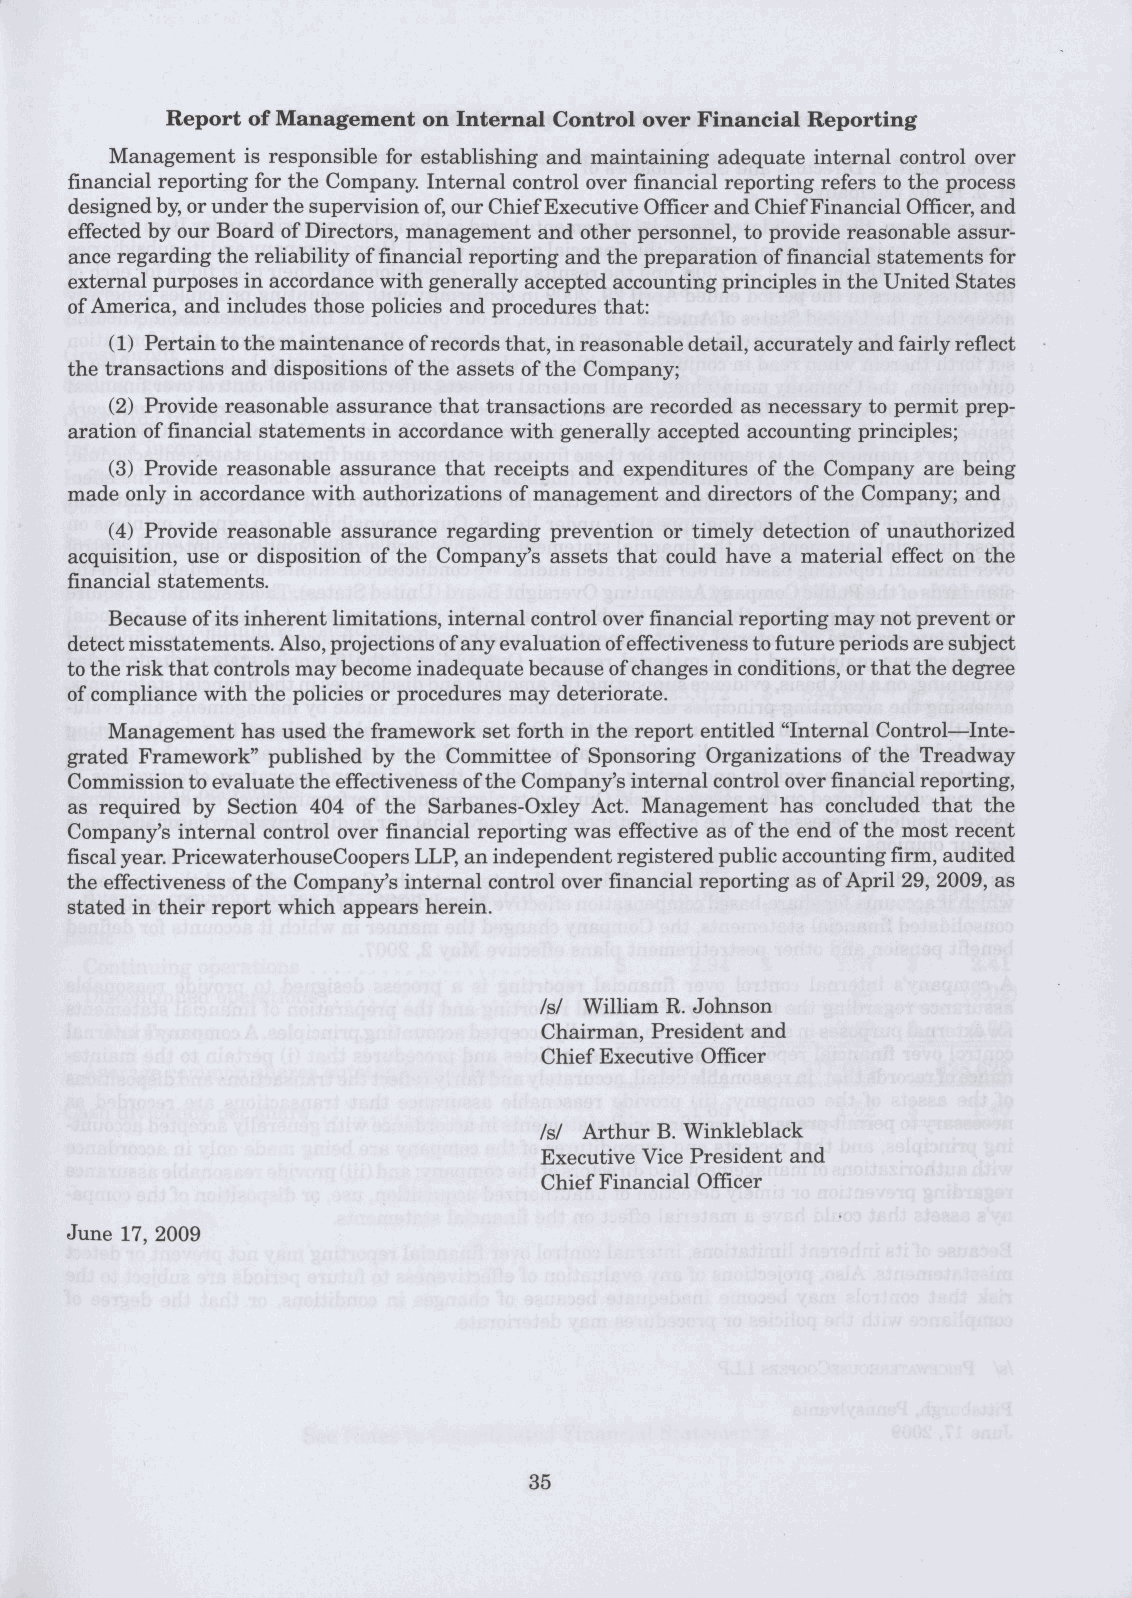
Management is responsible for establishing and maintaining adequate internal control over
 financial reporting for the Company. Internal control over financial reporting refers to the process
 designed by, or under the supervision of, our Chief Executive Officer and Chief Financial Officer, and
 effected by our Board of Directors, management and other personnel, to provide reasonable assur-
 ance regarding the reliability of financial reporting and the preparation of financial statements for
 external purposes in accordance with generally accepted accounting principles in the United States
 of America, and includes those policies and procedures that:
 (1) Pertain to the maintenance of records that, in reasonable detail, accurately and fairly reflect
 the transactions and dispositions of the assets of the Company;
 (2) Provide reasonable assurance that transactions are recorded as necessary to permit prep-
 aration of financial statements in accordance with generally accepted accounting principles;
 (3) Provide reasonable assurance that receipts and expenditures of the Company are being
 made only in accordance with authorizations of management and directors of the Company; and
 (4) Provide reasonable assurance regarding prevention or timely detection of unauthorized
 acquisition, use or disposition of the Company's assets that could have a material effect on the
 financial statements.
 Because of its inherent limitations, internal control over financial reporting may not prevent or
 detect misstatements. Also, projections of any evaluation of effectiveness to future periods are subject
 to the risk that controls may become inadequate because of changes in conditions, or that the degree
 of compliance with the policies or procedures may deteriorate.
 Management has used the framework set forth in the report entitled "Internal Control—Inte-
 grated Framework" published by the Committee of Sponsoring Organizations of the Treadway
 Commission to evaluate the effectiveness of the Company's internal control over financial reporting,
 as required by Section 404 of the Sarbanes-Oxley Act. Management has concluded that the
 Company's internal control over financial reporting was effective as of the end of the most recent
 fiscal year. PricewaterhouseCoopers LLP, an independent registered public accounting firm, audited
 the effectiveness of the Company's internal control over financial reporting as of April 29, 2009, as
 stated in their report which appears herein.
 /s/ William R. Johnson
 Chairman, President and
 Chief Executive Officer
 /s/ Arthur B. Winkleblack
 Executive Vice President and
 Chief Financial Officer
 June 17, 2009